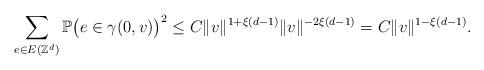
LaTeX: \begin{align*} \sum _{e\in E(\mathbb Z^d)} \mathbb P \big( e\in \gamma (0,v) \big) ^2 \le C\|v\|^{1+\xi(d-1)}\|v\|^{-2\xi(d-1)}=C\|v\|^{1-\xi(d-1)}.\end{align*}